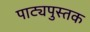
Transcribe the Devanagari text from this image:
पाट्यपुस्तक